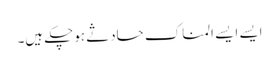
ایسے ایسے المناک حادثے ہوچکے ہیں۔